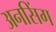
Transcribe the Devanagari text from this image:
अनसिंग